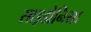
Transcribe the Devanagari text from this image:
साइडोनिया